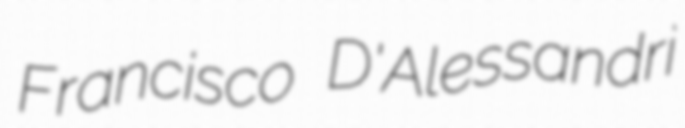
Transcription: Francisco D'Alessandri